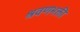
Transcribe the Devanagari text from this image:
श्रवणभक्ती